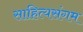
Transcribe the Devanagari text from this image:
साहित्यसंगम